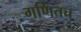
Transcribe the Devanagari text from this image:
गणितच